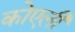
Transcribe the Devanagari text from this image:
कोएली